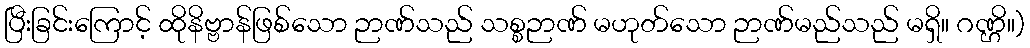
ပြီးခြင်းကြောင့် ထိုနိဗ္ဗာန်ဖြစ်သော ဉာဏ်သည် သစ္စဉာဏ် မဟုတ်သော ဉာဏ်မည်သည် မရှိ။ ဂဏ္ဌိ။)